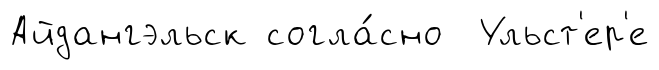
Айдангэльск согла́сно Ульст'ер'е